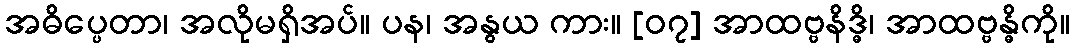
အဓိပ္ပေတာ၊ အလိုမရှိအပ်။ ပန၊ အနွယ ကား။ [၀၇] အာထဗ္ဗနိဒ္ဓိ၊ အာထဗ္ဗန္ဓိကို။